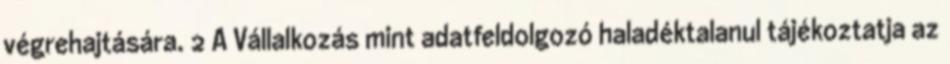
végrehajtására. 2 A Vállalkozás mint adatfeldolgozó haladéktalanul tájékoztatja az